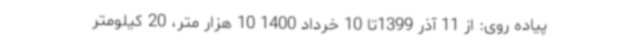
پیاده روی: از 11 آذر 1399تا 10 خرداد 1400 10 هزار متر، 20 کیلومتر